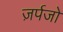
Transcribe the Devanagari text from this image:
ज़र्पजो